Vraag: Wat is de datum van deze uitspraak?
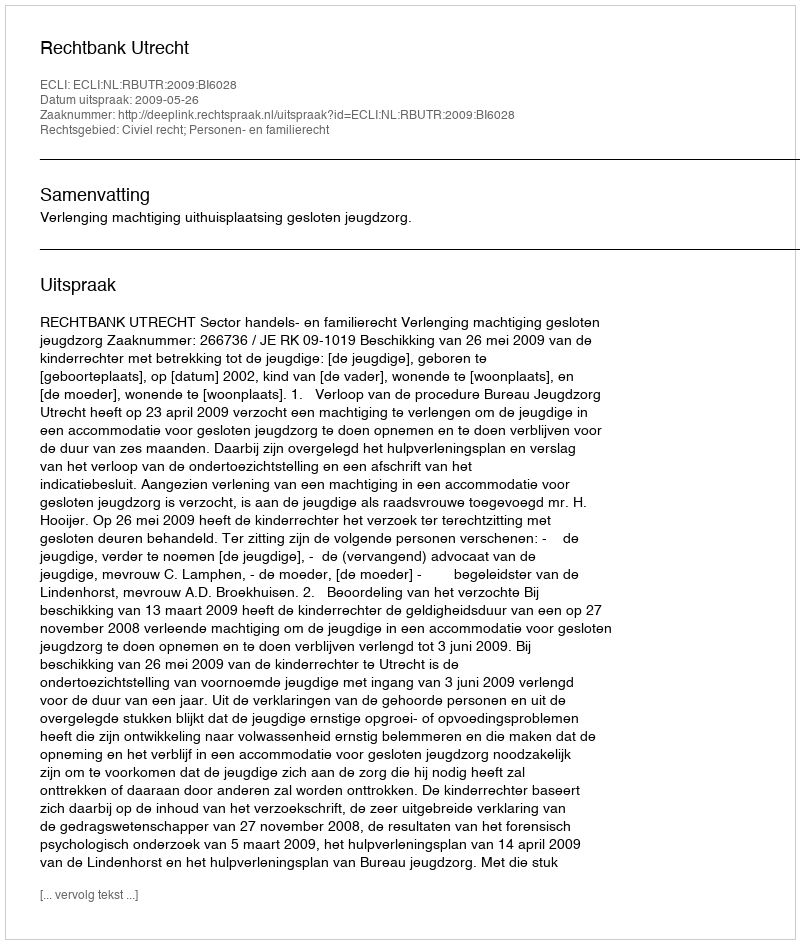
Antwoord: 2009-05-26